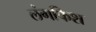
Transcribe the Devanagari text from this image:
लंगफिश